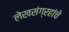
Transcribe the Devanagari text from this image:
लेखसंग्रहांचे